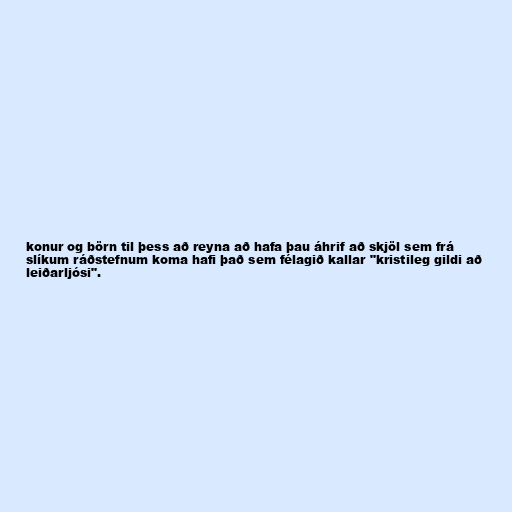
konur og börn til þess að reyna að hafa þau áhrif að skjöl sem frá
slíkum ráðstefnum koma hafi það sem félagið kallar "kristileg gildi að
leiðarljósi".